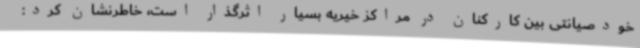
خودصیانتی بین کارکنان در مراکز خیریه بسیار اثرگذار است، خاطرنشان کرد: